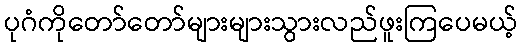
ပုဂံကိုတော်တော်များများသွားလည်ဖူးကြပေမယ့်